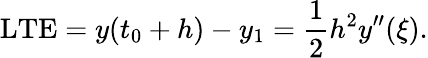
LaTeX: \mathrm{LTE}=y(t_{0}+h)-y_{1}={\frac{1}{2}}h^{2}y^{\prime\prime}(\xi).